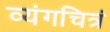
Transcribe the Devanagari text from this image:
व्यंगचित्रं